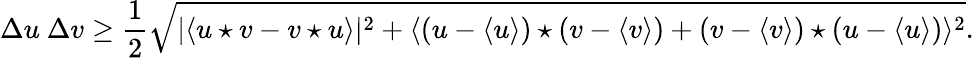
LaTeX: \Delta u~\Delta v\geq\frac{1}{2}\sqrt{|\langle u\star v-v\star u\rangle|^{2}+\langle(u-\langle u\rangle)\star(v-\langle v\rangle)+(v-\langle v\rangle)\star(u-\langle u\rangle)\rangle^{2}}.